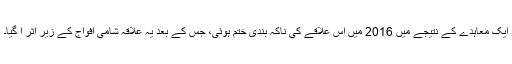
ایک معاہدے کے نتیجے میں 2016 میں اس علاقے کی ناکہ بندی ختم ہوئی، جس کے بعد یہ علاقہ شامی افواج کے زیر اثر آ گیا۔